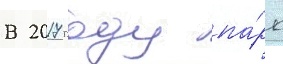
В 2017 году па́рк